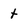
Character: t